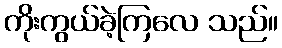
ကိုးကွယ်ခဲ့ကြလေ သည်။